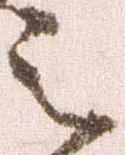
之